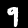
Digit: 9